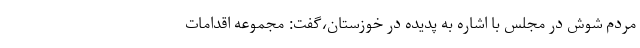
مردم شوش در مجلس با اشاره به پدیده در خوزستان،گفت: مجموعه اقدامات